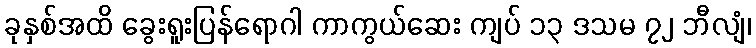
ခုနှစ်အထိ ခွေးရူးပြန်ရောဂါ ကာကွယ်ဆေး ကျပ် ၁၃ ဒသမ ၇၂ ဘီလျံ၊